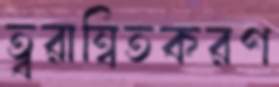
ত্বরান্বিতকরণ